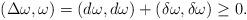
LaTeX: \begin{align*}(\Delta \omega, \omega)= (d\omega, d\omega)+(\delta\omega, \delta\omega)\geq 0.\end{align*}